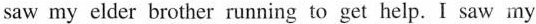
saw my elder brother running to get help.I saw my